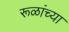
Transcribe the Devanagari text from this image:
रूळांच्या